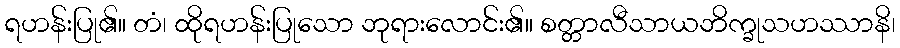
ရဟန်းပြု၏။ တံ၊ ထိုရဟန်းပြုသော ဘုရားလောင်း၏။ စတ္တာလီသာယဘိက္ခုသဟဿာနိ၊